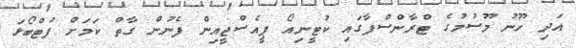
އަދި ހޫނު މޫސުމުގެ ޓްރާންސްފާގައި ކުޓީނިއޯ ޕީއެސްޖީއިން ފެނުން ގާތް ކަމަށް ފުޓްބޯޅަ